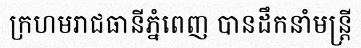
ក្រហមរាជធានីភ្នំពេញ បានដឹកនាំមន្ត្រី